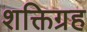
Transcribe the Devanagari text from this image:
शक्तिग्रह